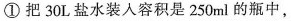
①把30L盐水装入容积是250ml的瓶中，